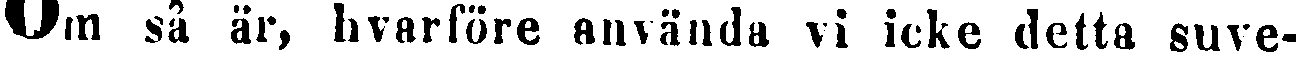
Om så är, hvarföre använda vi icke detta suve-